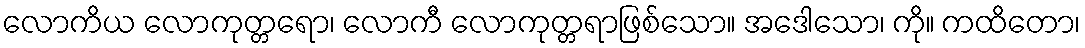
လောကိယ လောကုတ္တရော၊ လောကီ လောကုတ္တရာဖြစ်သော။ အဒေါသော၊ ကို။ ကထိတော၊